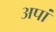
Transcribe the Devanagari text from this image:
अपां